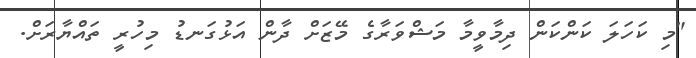
"މި ކަހަލަ ކަންކަން ދިމާވީމާ މަޝްވަރާގެ މޭޒަށް ދާން އަޅުގަނޑު މިހުރީ ތައްޔާރަށް.